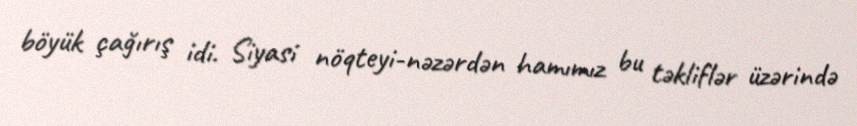
böyük çağırış idi. Siyasi nöqteyi-nəzərdən hamımız bu təkliflər üzərində